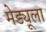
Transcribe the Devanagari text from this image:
मेड्यूला